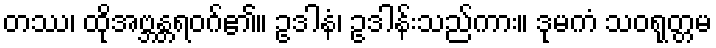
တဿ၊ ထိုအဗ္ဘန္တရဝဂ်၏။ ဥဒါနံ၊ ဥဒါန်းသည်ကား။ ဒုမကံ သဝရုတ္တမ